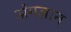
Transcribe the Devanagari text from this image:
अंगज्ञान